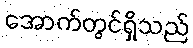
အောက်တွင်ရှိသည်